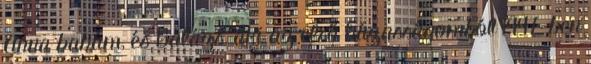
Anna babám, és Balázs, aki az első házasságomból 1997-ben